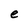
Character: e